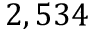
2 , 5 3 4